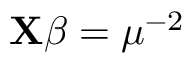
\mathbf { X } { \boldsymbol { \beta } } = \mu ^ { - 2 } \,